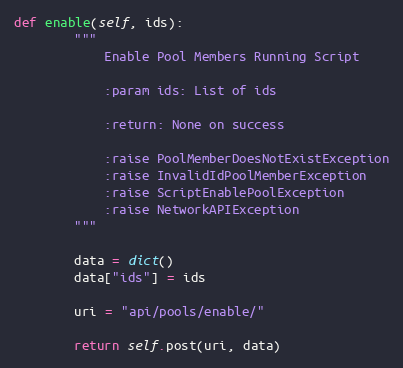
Language: Python
def enable(self, ids):
        """
            Enable Pool Members Running Script

            :param ids: List of ids

            :return: None on success

            :raise PoolMemberDoesNotExistException
            :raise InvalidIdPoolMemberException
            :raise ScriptEnablePoolException
            :raise NetworkAPIException
        """

        data = dict()
        data["ids"] = ids

        uri = "api/pools/enable/"

        return self.post(uri, data)